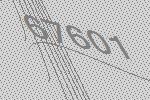
67601